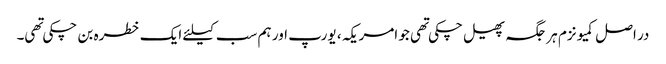
در اصل کمیونزم ہر جگہ پھیل چکی تهی جو امریکہ ، یورپ اور ہم سب کیلئے ایک خطره بن چکی تهی۔